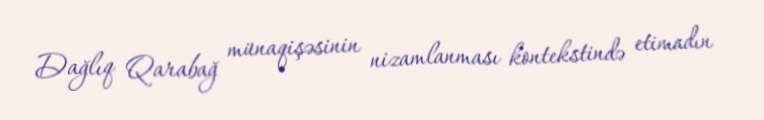
Dağlıq Qarabağ münaqişəsinin nizamlanması kontekstində etimadın